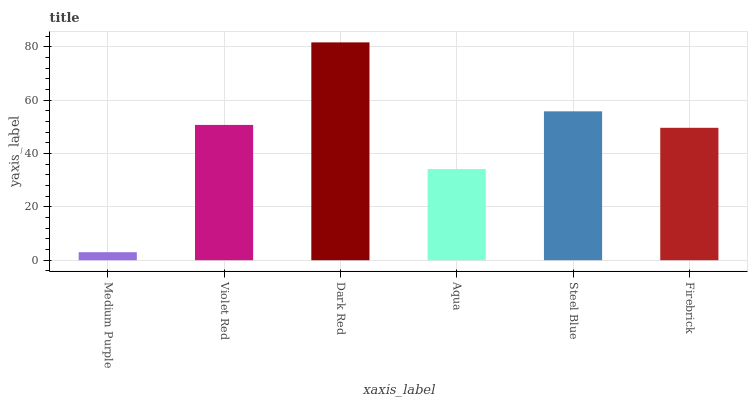
| xaxis_label | bars |
 | --- | --- |
 | Medium Purple | 3.01 |
 | Violet Red | 50.8 |
 | Dark Red | 81.7 |
 | Aqua | 34.2 |
 | Steel Blue | 55.9 |
 | Firebrick | 49.7 |